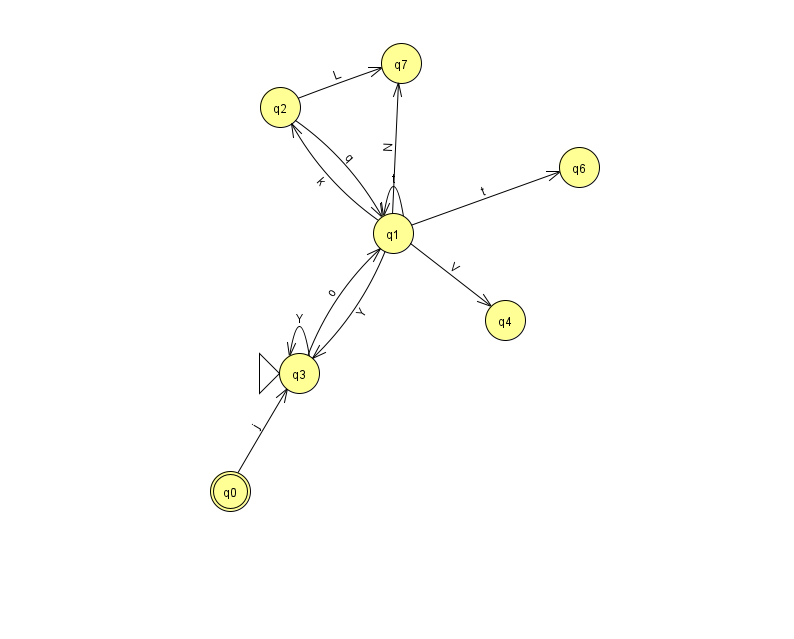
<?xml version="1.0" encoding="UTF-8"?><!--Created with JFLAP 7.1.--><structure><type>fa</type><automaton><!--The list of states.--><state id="0" name="q0"><x>230.0</x><y>478.0</y><final/></state><state id="1" name="q1"><x>393.0</x><y>220.0</y></state><state id="2" name="q2"><x>280.0</x><y>94.0</y></state><state id="3" name="q3"><x>299.0</x><y>360.0</y><initial/></state><state id="4" name="q4"><x>505.0</x><y>307.0</y></state><state id="6" name="q6"><x>579.0</x><y>154.0</y></state><state id="7" name="q7"><x>401.0</x><y>50.0</y></state><!--The list of transitions.--><transition><from>0</from><to>3</to><read>j</read></transition><transition><from>1</from><to>3</to><read>Y</read></transition><transition><from>2</from><to>1</to><read>q</read></transition><transition><from>1</from><to>1</to><read>t</read></transition><transition><from>3</from><to>1</to><read>o</read></transition><transition><from>1</from><to>2</to><read>k</read></transition><transition><from>3</from><to>3</to><read>Y</read></transition><transition><from>1</from><to>6</to><read>t</read></transition><transition><from>1</from><to>7</to><read>N</read></transition><transition><from>2</from><to>7</to><read>L</read></transition><transition><from>1</from><to>4</to><read>V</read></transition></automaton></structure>